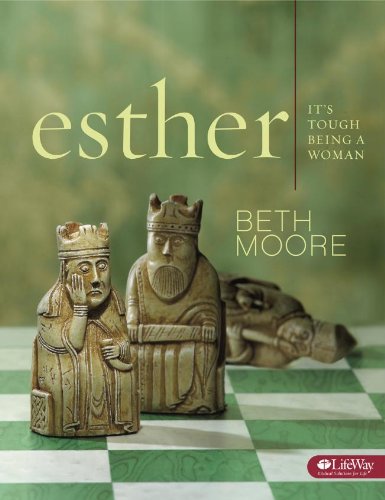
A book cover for Esther: It's Tough Being a Woman; Beth Moore; Christian Books & Bibles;